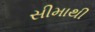
સીમાથી